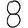
Digit: 8